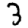
Digit: 3